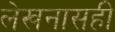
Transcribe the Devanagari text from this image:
लेखनासही